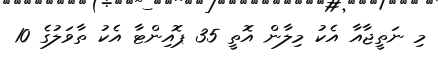
މި ނަތީޖާއާ އެކު މިލާން އޮތީ 35 ޕޮއިންޓާ އެކު ތާވަލުގެ 10